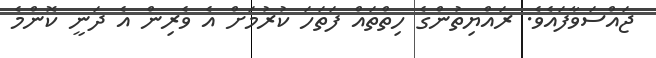
ޖައްސަވާފައެވެ. ރައްޔިތުންގެ ހިތްތައް ފަތަހަ ކުރުމަށް އެ ވެރިން އެ ދަނީ ކޮންމެ